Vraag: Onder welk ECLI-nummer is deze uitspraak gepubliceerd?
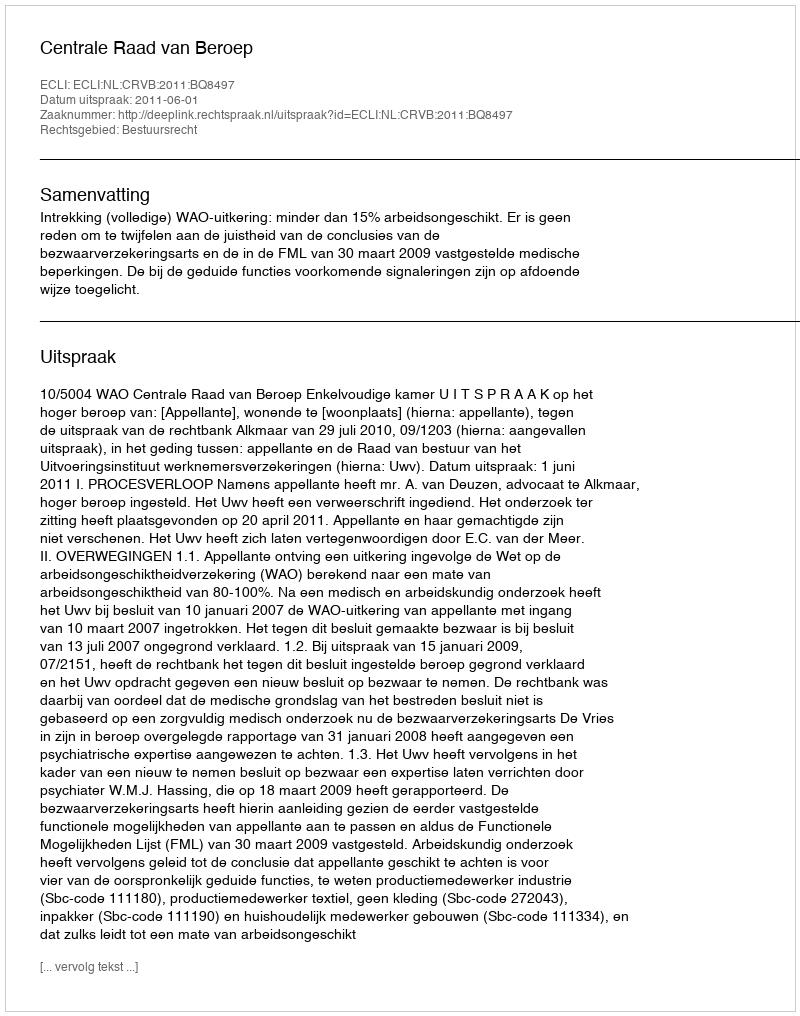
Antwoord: ECLI:NL:CRVB:2011:BQ8497